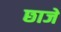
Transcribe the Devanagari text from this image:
छाजे